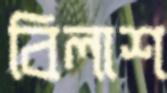
বিলাশ